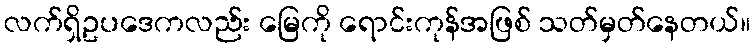
လက်ရှိဥပဒေကလည်း မြေကို ရောင်းကုန်အဖြစ် သတ်မှတ်နေတယ်။